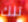
تلك